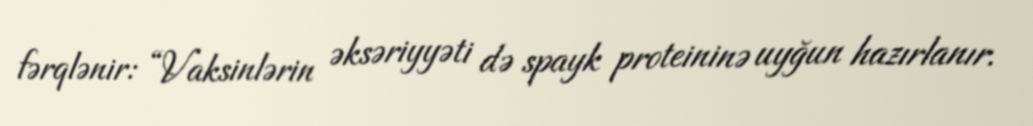
fərqlənir: “Vaksinlərin əksəriyyəti də spayk proteininə uyğun hazırlanır.